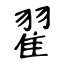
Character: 翟